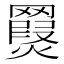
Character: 𦌨